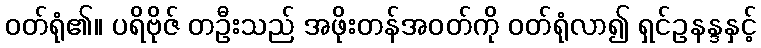
ဝတ်ရုံ၏။ ပရိဗိုဇ် တဦးသည် အဖိုးတန်အဝတ်ကို ဝတ်ရုံလာ၍ ရှင်ဥနန္ဒနှင့်